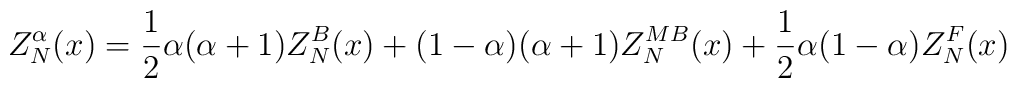
Z_{N}^\alpha (x) = \frac{1}{2} \alpha(\alpha+1) Z_{N}^B (x) + (1- \alpha)(\alpha+1) Z_{N}^{MB} (x)+ \frac{1}{2} \alpha(1-\alpha) Z_{N}^F (x)